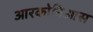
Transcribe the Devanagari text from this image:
आरकोनिआस